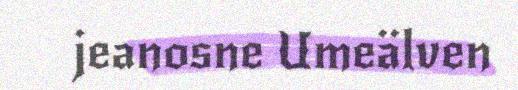
jeanosne Umeälven